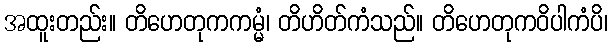
အထူးတည်း။ တိဟေတုကကမ္မံ၊ တိဟိတ်ကံသည်။ တိဟေတုကဝိပါကံပိ၊